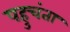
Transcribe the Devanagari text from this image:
पहुचंता